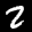
Label: 2